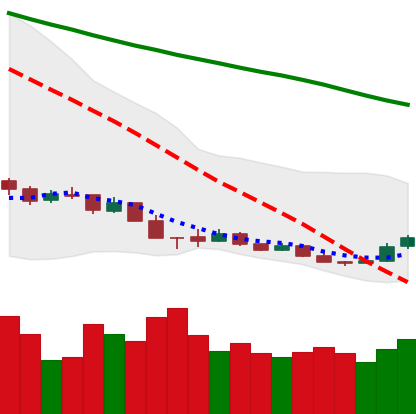
Ticker: XMR-USD
Chart end date: 2018-12-18
Forward return: 13.252%
Label: up_7plus